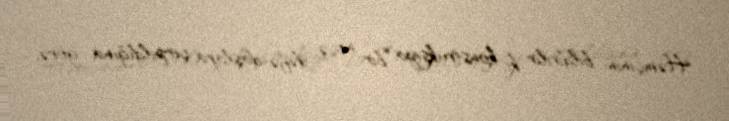
Həmçinin bildirilir ki, konstruksiya bir neçə dəfə daşlara çırpıldığına görə,